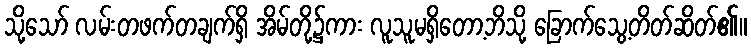
သို့သော် လမ်းတဖက်တချက်ရှိ အိမ်တို့၌ကား လူသူမရှိတော့ဘိသို့ ခြောက်သွေ့တိတ်ဆိတ်၏။